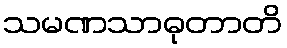
သမဏသာဓုတာတိ